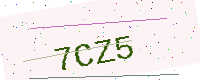
Text: 7CZ5